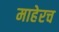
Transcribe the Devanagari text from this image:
माहेरच